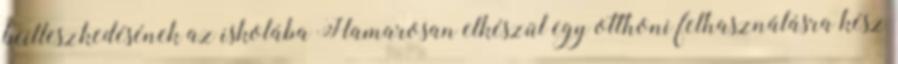
beilleszkedésének az iskolába Hamarosan elkészül egy otthoni felhasználásra kész